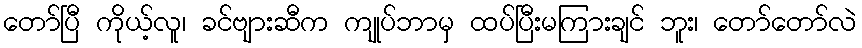
တော်ပြီ ကိုယ့်လူ၊ ခင်ဗျားဆီက ကျုပ်ဘာမှ ထပ်ပြီးမကြားချင် ဘူး၊ တော်တော်လဲ